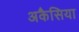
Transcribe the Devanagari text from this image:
अकैसिया